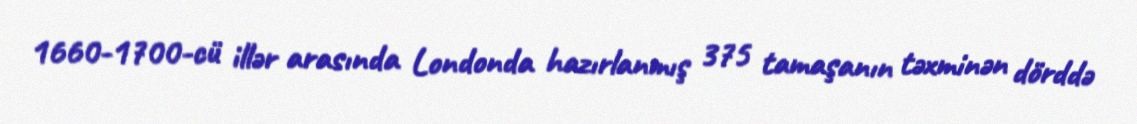
1660-1700-cü illər arasında Londonda hazırlanmış 375 tamaşanın təxminən dörddə